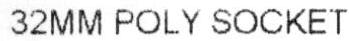
32MM POLY SOCKET